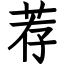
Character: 荐